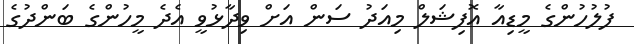
ފުލުހުންގެ މީޑިއާ އޮފިޝަލް މިއަދު ސަން އަށް ވިދާޅުވީ އެދެ މީހުންގެ ބަންދުގެ